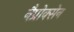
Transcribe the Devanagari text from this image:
नैप्रोक्सेन